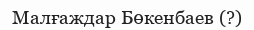
Малғаждар Бөкенбаев (?)